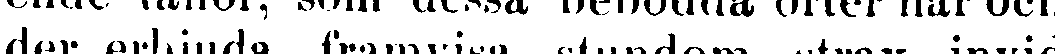
der erbjuda, framvisa stundom strax invid